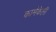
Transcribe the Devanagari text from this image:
कामेकेली